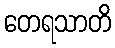
တေရသာတိ